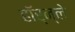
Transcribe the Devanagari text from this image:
हॉर्न्ले